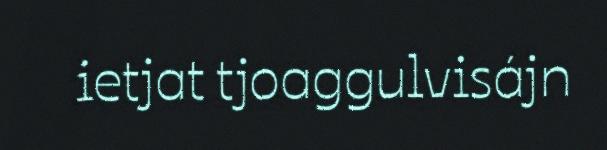
ietjat tjoaggulvisájn